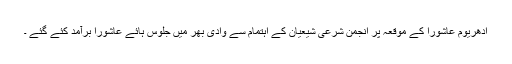
ادھریوم عاشورا کے موقعہ پر انجمن شرعی شیعیان کے اہتمام سے وادی بھر میں جلوس ہائے عاشورا برآمد کئے گئے ۔